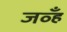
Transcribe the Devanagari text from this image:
जव्हँ